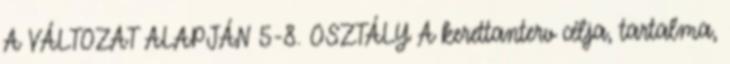
A VÁLTOZAT ALAPJÁN 5-8. OSZTÁLY A kerettanterv célja, tartalma,